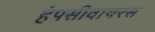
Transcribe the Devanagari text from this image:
हेपसीवायरस